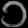
Digit: ၁